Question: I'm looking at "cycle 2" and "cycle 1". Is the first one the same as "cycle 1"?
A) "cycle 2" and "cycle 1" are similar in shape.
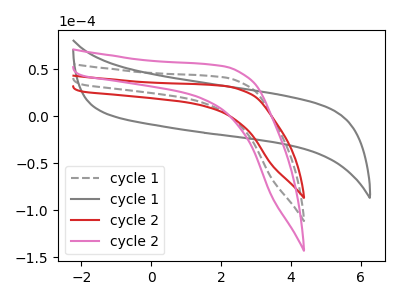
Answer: <think>The gray dashed curve "cycle 1" has no peaks. The gray curve "cycle 1" has no peaks. The red curve "cycle 2" has no peaks. The pink curve "cycle 2" has no peaks.
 Neither "cycle 2" or "cycle 1" have any peaks.</think>
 <answer>A) "cycle 2" and "cycle 1" are similar in shape.</answer>
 <eval>A</eval>